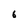
Character: 6